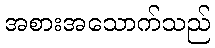
အစားအသောက်သည်